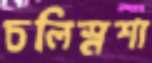
চলিস্নশা